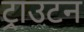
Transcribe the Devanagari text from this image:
ट्राउटन